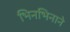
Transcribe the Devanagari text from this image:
भिनभिनाने